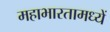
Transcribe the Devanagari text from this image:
महाभारतामध्यें